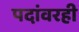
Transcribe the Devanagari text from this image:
पदांवरही